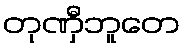
တုဏှီဘူတေ